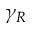
\gamma _ { R }